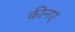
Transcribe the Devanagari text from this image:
कीनए